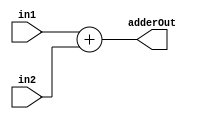
module adder(input [31:0] in1, input [31:0] in2, output reg [31:0] adderOut);
    always@(in1, in2)
    begin
        adderOut = in1 + in2;
    end
endmodule